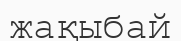
жақыбай